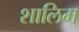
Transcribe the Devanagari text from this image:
शालिम